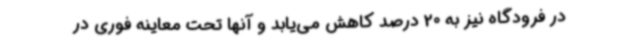
در فرودگاه نیز به 20 درصد کاهش می‌یابد و آنها تحت معاینه فوری در